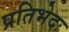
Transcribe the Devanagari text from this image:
प्रतिभेदः